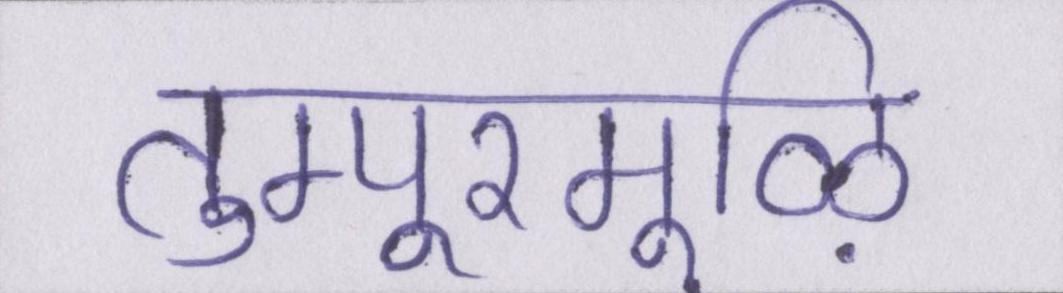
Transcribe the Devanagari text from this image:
तुम्पूरमूऴि